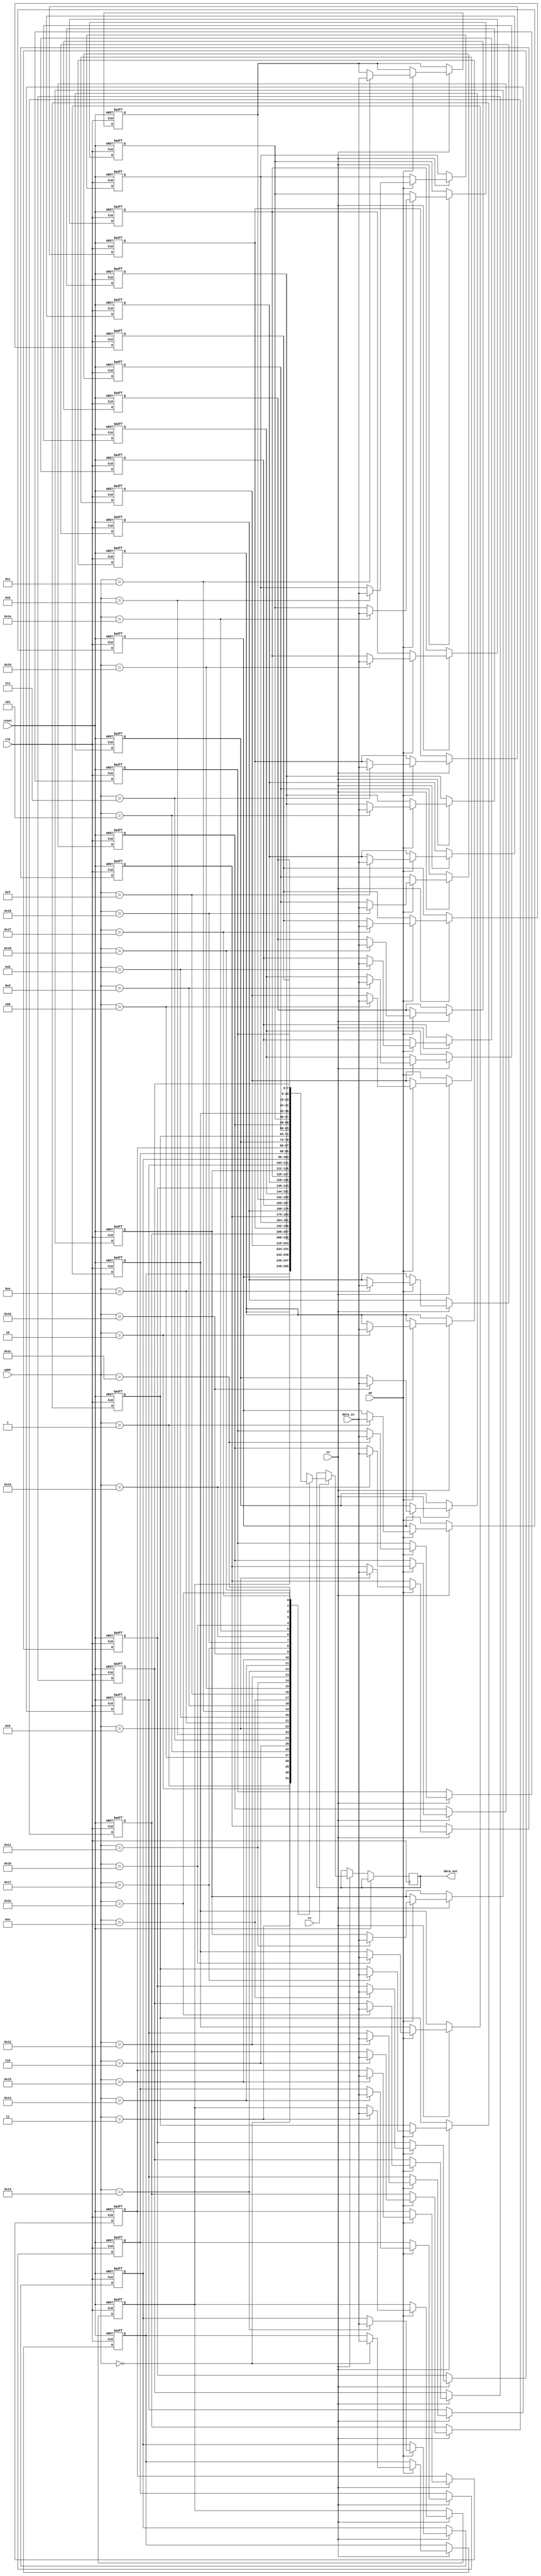
module ScratchpadMemory #(
    parameter ADDR_WIDTH = 5,  // Address width for 32 bytes
    parameter DATA_WIDTH = 8    // Data width (8, 16, 32)
) (
    input wire clk,            // Clock signal
    input wire cs,             // Chip Select
    input wire we,             // Write Enable
    input wire re,             // Read Enable
    input wire [ADDR_WIDTH-1:0] addr,   // Address input
    input wire [DATA_WIDTH-1:0] data_in, // Data input
    output reg [DATA_WIDTH-1:0] data_out, // Data output
    input wire reset           // Reset signal
);

    // Memory array declaration
    reg [DATA_WIDTH-1:0] mem_array [(2**ADDR_WIDTH)-1:0];

    // Initialize the memory
    integer i;
    initial begin
        for (i = 0; i < (2**ADDR_WIDTH); i = i + 1) begin
            mem_array[i] = {DATA_WIDTH{1'b0}}; // Clear memory to 0
        end
    end

    // Memory access operations
    always @(posedge clk or posedge reset) begin
        if (reset) begin
            // If reset, initialize memory
            for (i = 0; i < (2**ADDR_WIDTH); i = i + 1)	begin
                mem_array[i] <= {DATA_WIDTH{1'b0}};
            end
        end
        else if (cs) begin
            if (we) begin
                // Write operation
                mem_array[addr] <= data_in;
            end
            if (re) begin
                // Read operation
                data_out <= mem_array[addr];
            end
        end
    end

endmodule